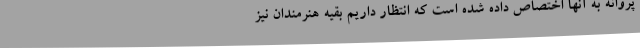
پروانه به آنها اختصاص داده شده است که انتظار داریم بقیه هنرمندان نیز